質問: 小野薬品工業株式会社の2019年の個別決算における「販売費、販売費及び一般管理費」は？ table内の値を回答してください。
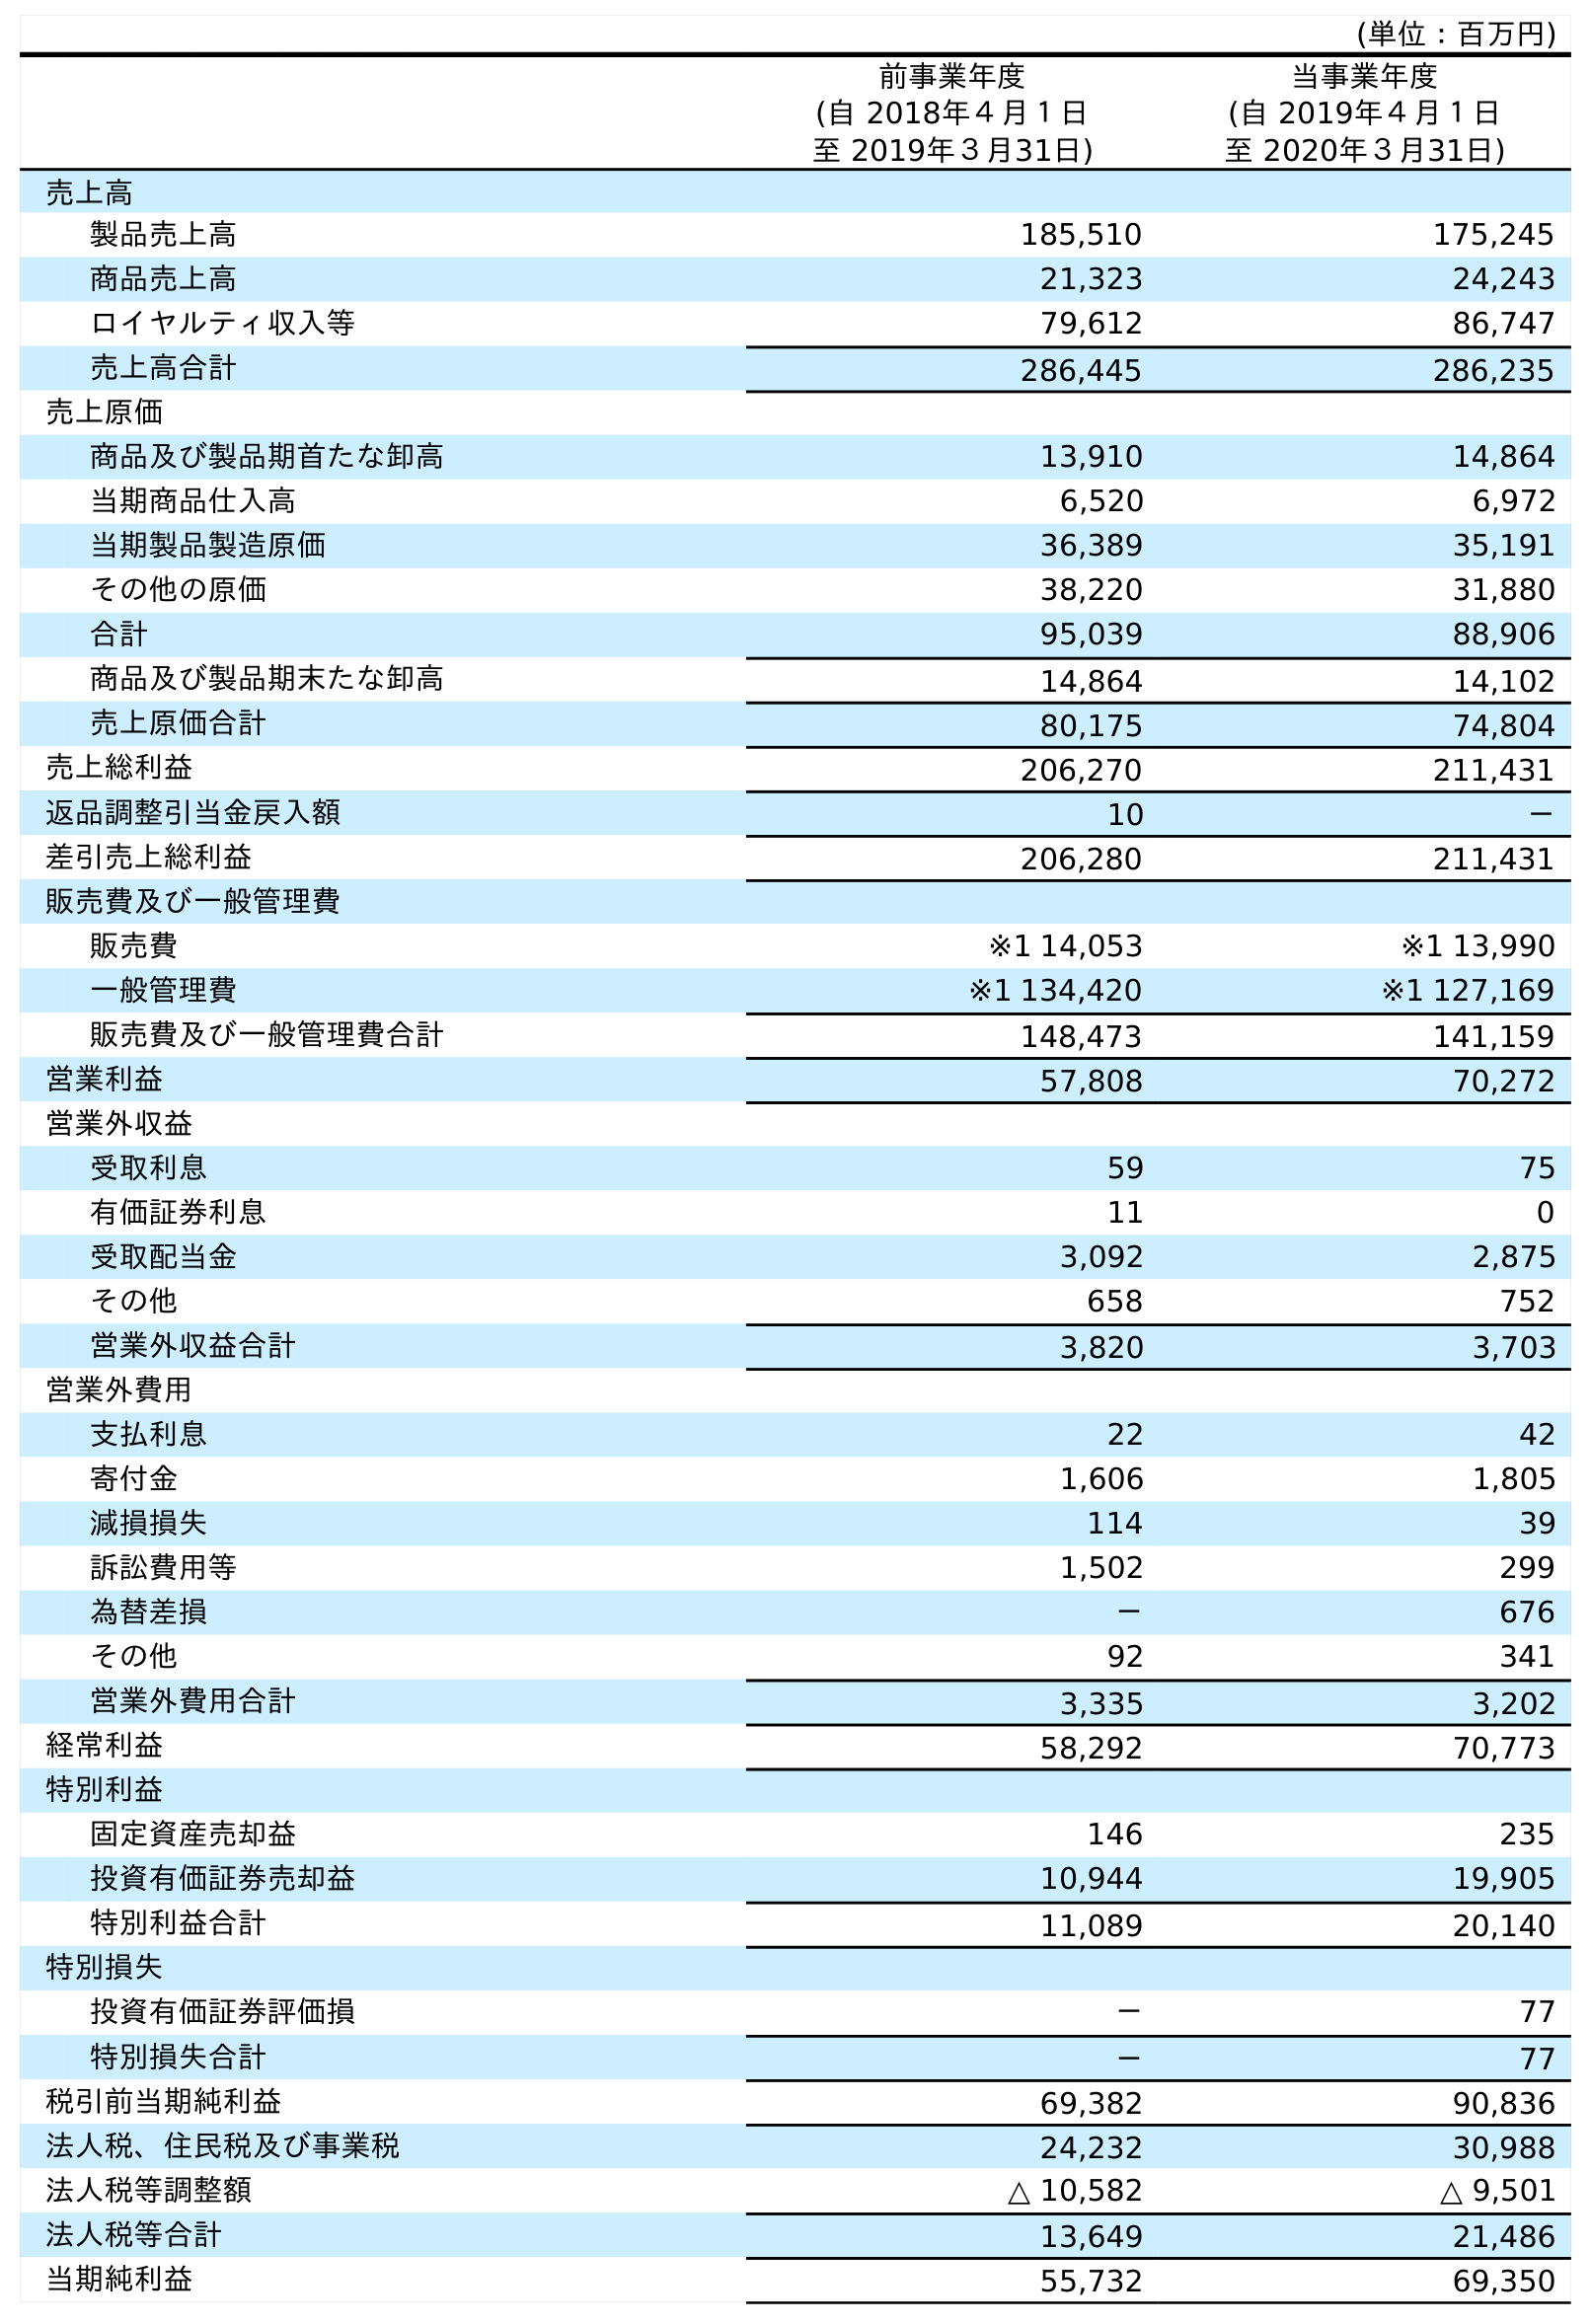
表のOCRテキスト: (単位：百万円) 前事業年度 (自 2018年４月１日 至 2019年３月31日) 当事業年度 (自 2019年４月１日 至 2020年３月31日) 売上高 製品売上高 185,510 175,245 商品売上高 21,323 24,243 ロイヤルティ収入等 79,612 86,747 売上高合計 286,445 286,235 売上原価 商品及び製品期首たな卸高 13,910 14,864 当期商品仕入高 6,520 6,972 当期製品製造原価 36,389 35,191 その他の原価 38,220 31,880 合計 95,039 88,906 商品及び製品期末たな卸高 14,864 14,102 売上原価合計 80,175 74,804 売上総利益 206,270 211,431 返品調整引当金戻入額 10 － 差引売上総利益 206,280 211,431 販売費及び一般管理費 販売費 ※1 14,053 ※1 13,990 一般管理費 ※1 134,420 ※1 127,169 販売費及び一般管理費合計 148,473 141,159 営業利益 57,808 70,272 営業外収益 受取利息 59 75 有価証券利息 11 0 受取配当金 3,092 2,875 その他 658 752 営業外収益合計 3,820 3,703 営業外費用 支払利息 22 42 寄付金 1,606 1,805 減損損失 114 39 訴訟費用等 1,502 299 為替差損 － 676 その他 92 341 営業外費用合計 3,335 3,202 経常利益 58,292 70,773 特別利益 固定資産売却益 146 235 投資有価証券売却益 10,944 19,905 特別利益合計 11,089 20,140 特別損失 投資有価証券評価損 － 77 特別損失合計 － 77 税引前当期純利益 69,382 90,836 法人税、住民税及び事業税 24,232 30,988 法人税等調整額 △ 10,582 △ 9,501 法人税等合計 13,649 21,486 当期純利益 55,732 69,350
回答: ※114,053